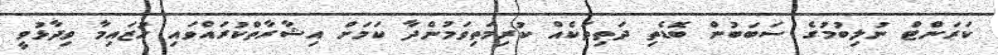
ކަރަންޓް ނުލިބުމުގެ ސަބަބުން ބޮޑެތި ދަތިތަކެއް ކުރިމަތިވަމުންދާ ކަމަށް އިޝާރާތްކުރައްވައި ހުޒައިމާ ވިދާޅުވީ